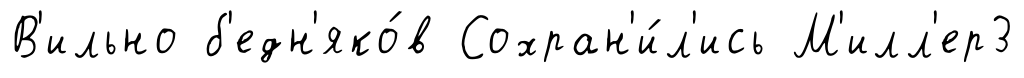
В'ильно б'едн'яко́в Сохран'и́л'ись М'илл'ер3